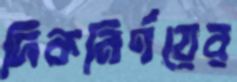
দিকনির্ণয়ের